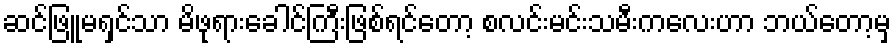
ဆင်ဖြူမရှင်သာ မိဖုရားခေါင်ကြီးဖြစ်ရင်တော့ စလင်းမင်းသမီးကလေးဟာ ဘယ်တော့မှ